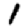
Digit: 1